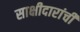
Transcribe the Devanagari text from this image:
साक्षीदारांची